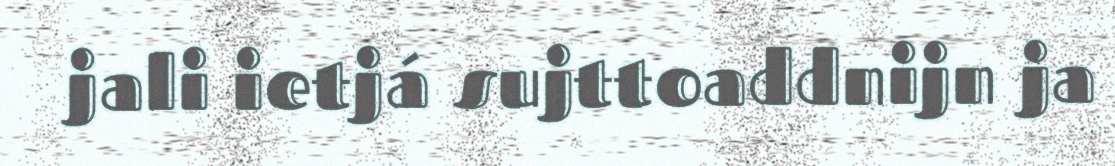
jali ietjá sujttoaddnijn ja